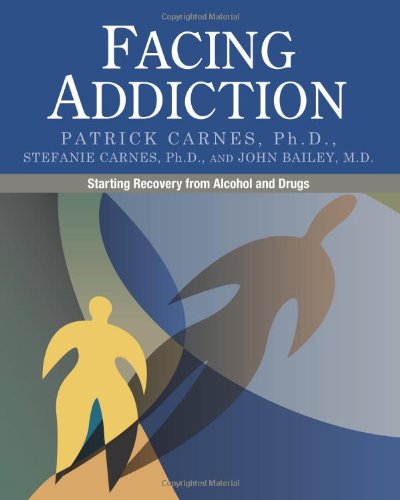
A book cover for Facing Addiction: Starting Recovery from Alcohol and Drugs; Patrick Carnes; Self-Help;